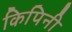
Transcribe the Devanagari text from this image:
किपिनी